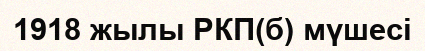
1918 жылы РКП(б) мүшесі